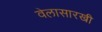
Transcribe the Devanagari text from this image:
वेलासारखी